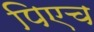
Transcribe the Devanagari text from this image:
पिएच